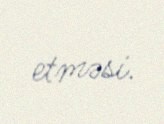
etməsi.